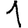
Digit: 1